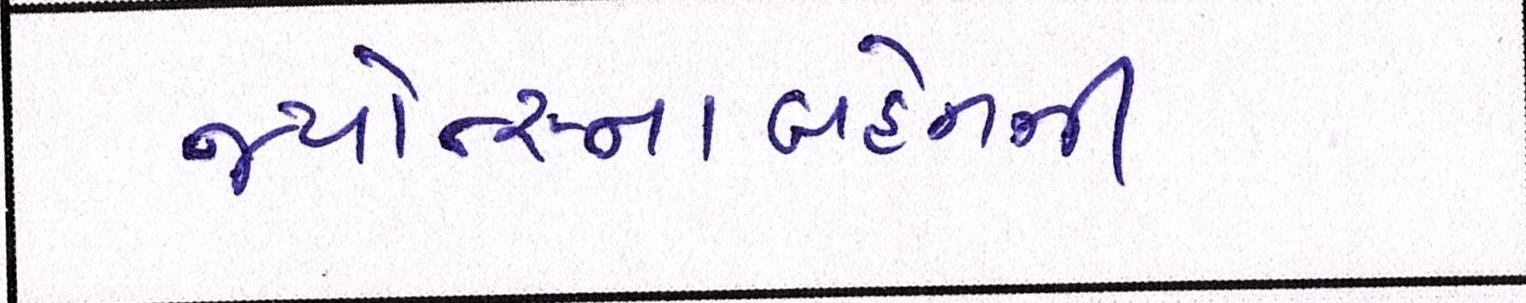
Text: જ્યોત્સ્નાબહેનની